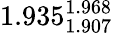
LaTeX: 1.935_{1.907}^{1.968}